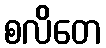
စလိတေ